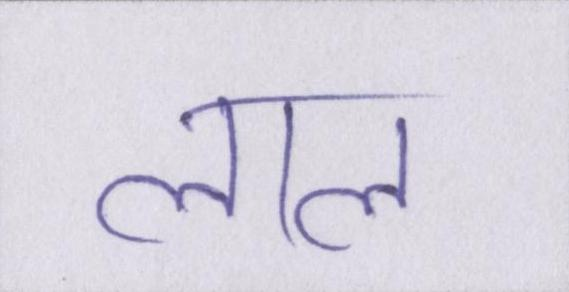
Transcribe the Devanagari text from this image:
लाल